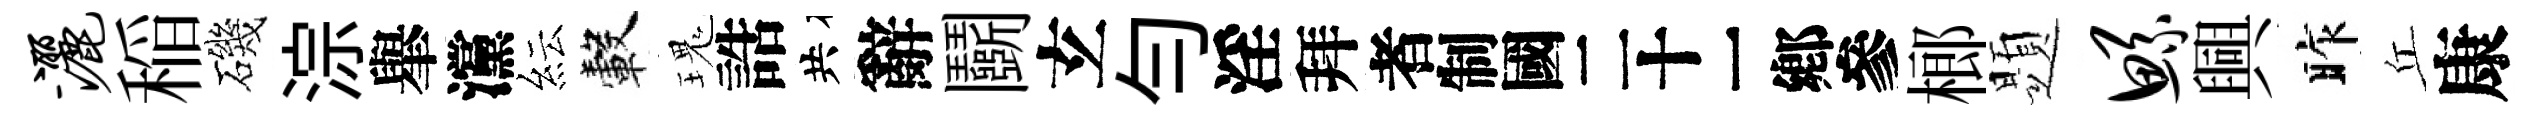
洒稲磯淙𦦙灙紜轂瑰誥共辭鬬𤣥勻淫拜识榔題鲧興昨丘康